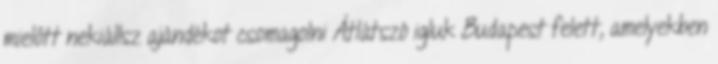
mielőtt nekiállsz ajándékot csomagolni Átlátszó igluk Budapest felett, amelyekben